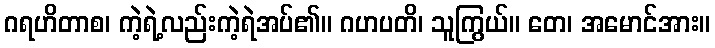
ဂရဟိတာစ၊ ကဲ့ရဲ့လည်းကဲ့ရဲအပ်၏။ ဂဟပတိ၊ သူကြွယ်။ တေ၊ အမောင်အား။